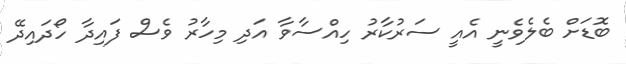
ބޮޑަށް ބެލެވެނީ އެއީ ސަރުކާރު ހިއްސާވާ އަދި މިހާރު ވެސް ފައިދާ ހޯދައިދޭ